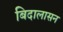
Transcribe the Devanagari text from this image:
बिदालासन